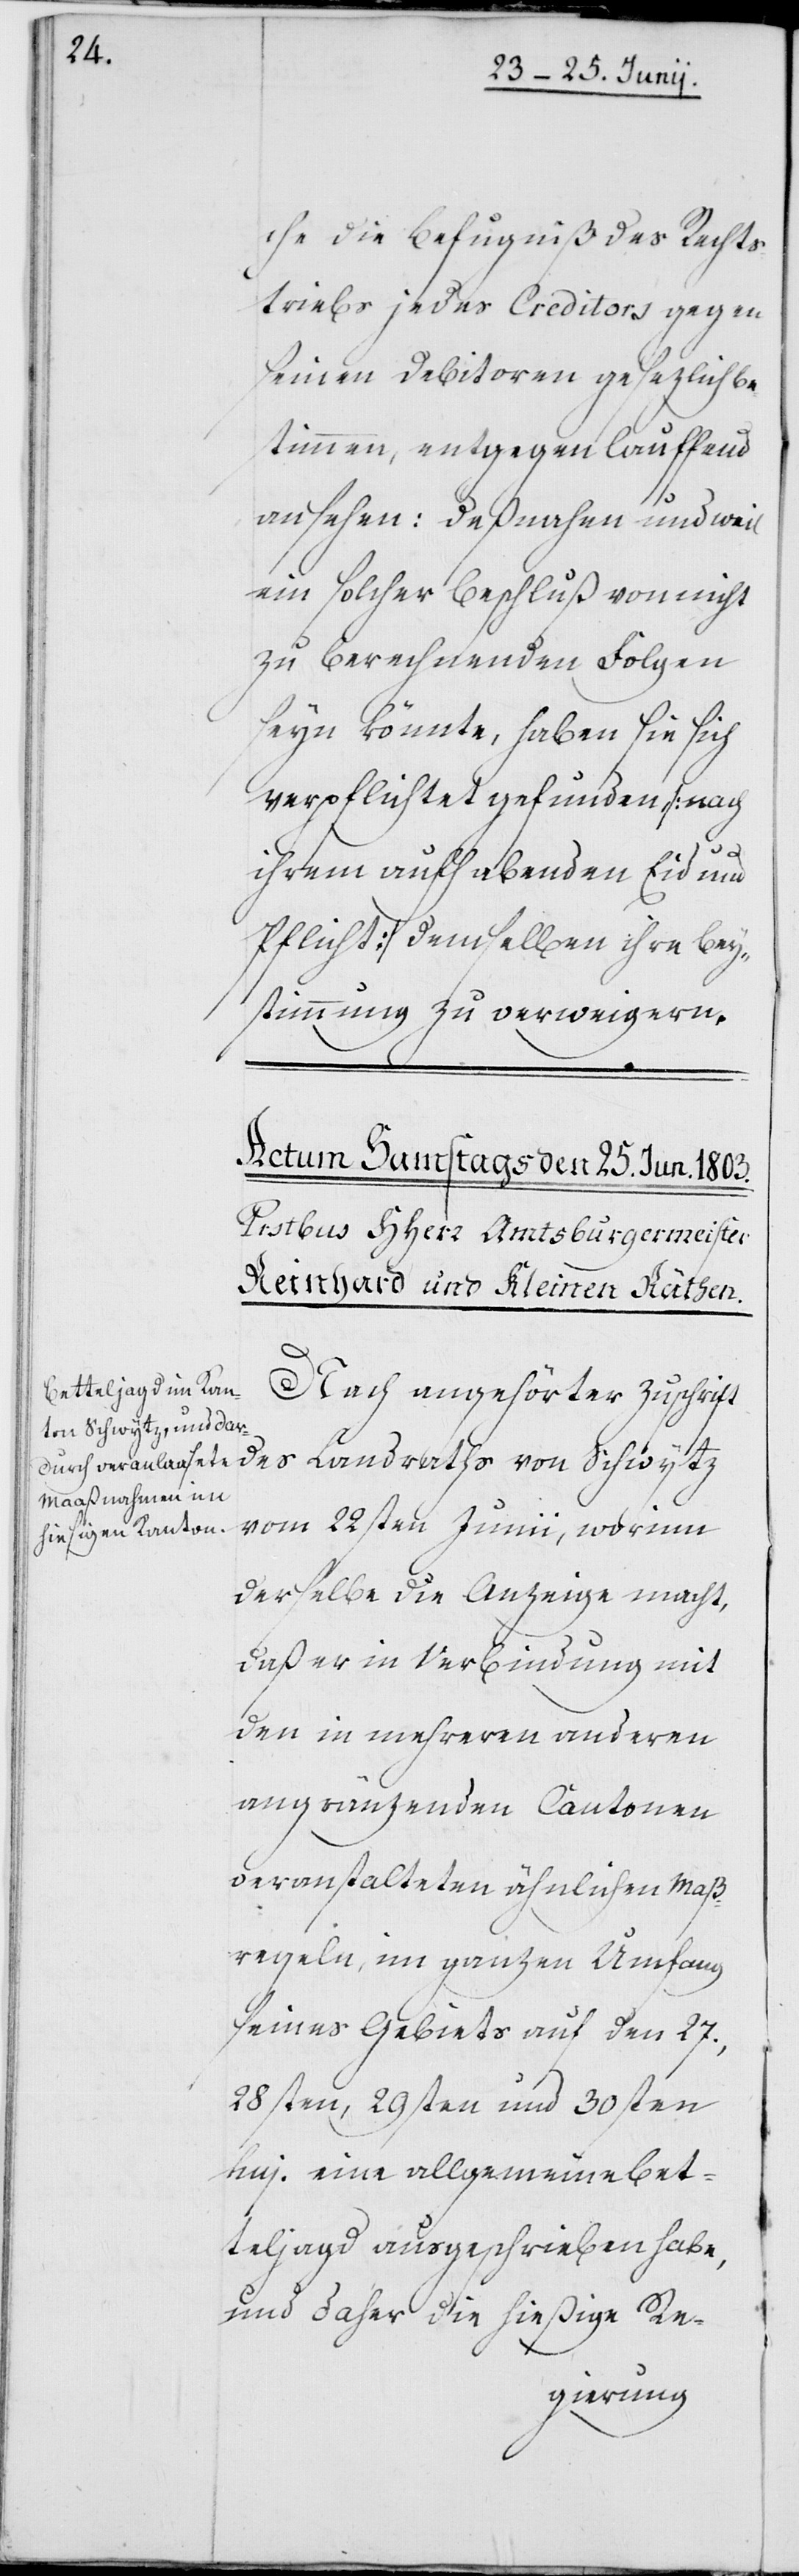
che die Befugniß des Rechts¬
triebs jedes Creditors gegen
seinen Debitoren gesezlich bes¬
timmen, entgegenlauffend
ansehen: deßnahen und weil
ein solcher Beschluß von nicht
zu berechnenden Folgen
sein könnte, haben sie sich
verpflichtet gefunden, [nach
ihrem aufhabenden Eid und
Pflicht] demselben ihre Bey¬
stimmung zu verweigern.
Nach angehörter Zuschrift
des Landraths von Schwtyz
vom 22sten Junii, worinn
derselbe die Anzeige macht,
daß er in Verbindung mit
den in mehreren anderen
angränzenden Cantonen
veranstalteten ähnlichen Maß¬
regeln, im ganzen Umfang
seines Gebiets auf den 27.,
28sten, 29sten und 30sten
huj. eine allgemeine Bet¬
teljagd ausgeschrieben habe,
und daher die hießige Re-